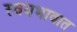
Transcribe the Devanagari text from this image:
स्वयभावात